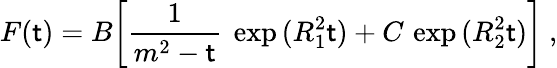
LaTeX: F(\mathsf{t})=B{\left[\frac{{1}}{{m^{2}-\mathsf{t}}}\ \exp{(R_{1}^{2}\mathsf{t})}+C\, \exp{(R_{2}^{2}\mathsf{t})}\right]}\ ,